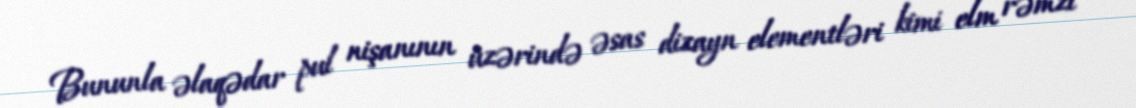
Bununla əlaqədar pul nişanının üzərində əsas dizayn elementləri kimi elm rəmzi